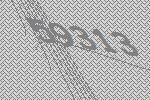
59313